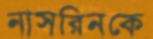
নাসরিনকে